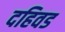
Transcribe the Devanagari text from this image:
दहिवड